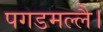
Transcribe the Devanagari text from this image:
पगडमल्लै।